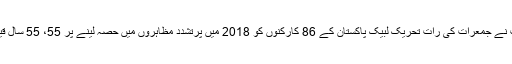
راولپنڈی کی ایک عدالت نے جمعرات کی رات تحریک لبیک پاکستان کے 86 کارکنوں کو 2018 میں پرتشدد مظاہروں میں حصہ لینے پر 55، 55 سال قید کی سزائیں سنائی ہیں۔